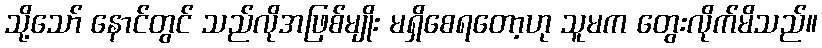
သို့သော် နောင်တွင် သည်လိုအဖြစ်မျိုး မရှိစေရတော့ဟု သူမက တွေးလိုက်မိသည်။